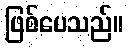
ဖြစ်ပေသည်။